Dysentery in Hazaribagh Central Jail - Number 52
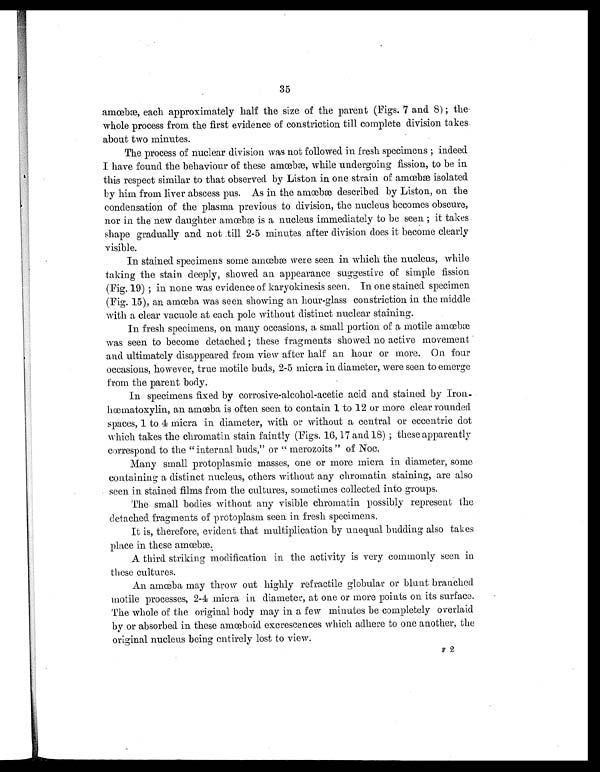
35
amœbæ, each approximately half the size of the parent (Figs. 7 and 8) ; the
whole process from the first evidence of constriction till complete division takes
about two minutes.
The process of nuclear division was not followed in fresh specimens ; indeed
I have found the behaviour of these amœbæ, while undergoing fission, to be in.
this respect similar to that observed by Liston in one strain of amœbæ isolated
by him from liver abscess pus. As in the amœbæ described by Liston, on the
condensation of the plasma previous to division, the nucleus becomes obscure,
nor in the new daughter amœbæ is a nucleus immediately to be seen ; it takes
shape gradually and not .till 2-5 minutes after division does it become clearly
visible.
In stained specimens some amœbæ were seen in which the nucleus, while
taking the stain deeply, showed an appearance suggestive of simple fission
(Fig. 19) ; in none was evidence of karyokinesis seen. In one stained specimen
(Fig. 15), an amœba was seen showing an hour-glass constriction in the middle
with a clear vacuole at each pole without distinct nuclear staining.
In fresh specimens, on many occasions, a small portion of a motile amœbæ
was seen to become detached ; these fragments showed no active movement
and ultimately disappeared from view after half an hour or more. On four
occasions, however, true motile buds, 2-5 micra in diameter, were seen to emerge
from the parent body.
In specimens fixed by corrosive-alcohol-acetic acid and stained by Iron-
hœmatoxylin, an amœba is often seen to contain 1 to 12 or more clear rounded
spaces, 1 to 4 micra in diameter, with or without a central or eccentric dot
which takes the chromatin stain faintly (Figs. 16, 17 and 18) ; these apparently
correspond to the "internal buds," or " merozoits " of Noc.
Many small protoplasmic masses, one or more micra in diameter, some
containing a distinct nucleus, others without any chromatin staining, are also
seen in stained films from the cultures, sometimes collected into groups.
The small bodies without any visible chromatin possibly represent the
detached. fragments of protoplasm seen in fresh specimens.
It is, therefore, evident that multiplication by unequal budding also takes
place in these amœbæ
A third striking modification in the activity is very commonly seen in
these cultures.
An amœba may throw out highly refractile globular or blunt branched
motile processes, 2-4 micra in diameter, at one or more points on its surface.
The whole of the original body may in a few minutes be completely overlaid
by or absorbed in these amœboid excrescences which adhere to one another, the
original nucleus being entirely lost to view.
F 2